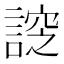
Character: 𧩰